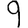
Digit: 9